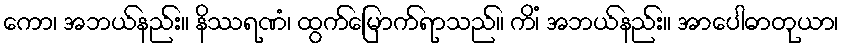
ကော၊ အဘယ်နည်း။ နိဿရဏံ၊ ထွက်မြောက်ရာသည်။ ကိံ၊ အဘယ်နည်း။ အာပေါဓာတုယာ၊